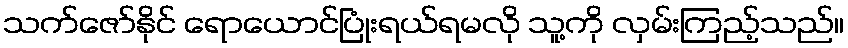
သက်ဇော်နိုင် ရောယောင်ပြုံးရယ်ရမလို သူ့ကို လှမ်းကြည့်သည်။